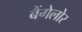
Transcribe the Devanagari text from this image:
बैंगेलोर